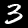
Label: 3